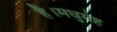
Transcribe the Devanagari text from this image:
है।मधुमेह